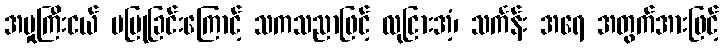
အမှုကြီးငယ် မပြုခြင်းကြောင့် သကသညာဖြင့် လုငြားအံ့၊ သင်္ကန်း အရေ အတွက်အားဖြင့်